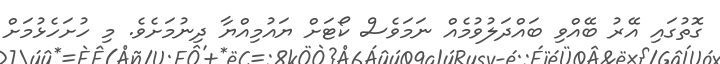
ގޮތުގައި އޭރު ބޭއްވި ބައްދަލުވުމެއް ނަމަވެސް ކޯޓަށް ޔައުމިއްޔާ ދިނުމަށެވެ. މި ހުށަހެޅުމަށް